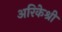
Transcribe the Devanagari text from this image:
अरिकेश्री